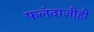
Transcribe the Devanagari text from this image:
फलंदाजीही